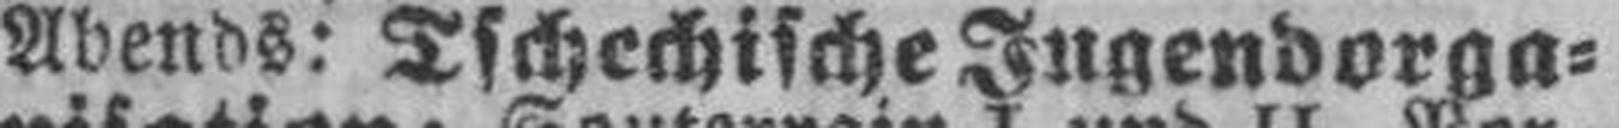
Abends: Tschechische Jugendorga¬